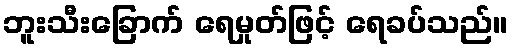
ဘူးသီးခြောက် ရေမှုတ်ဖြင့် ရေခပ်သည်။